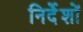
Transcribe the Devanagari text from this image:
निर्देंशों